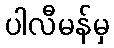
ပါလီမန်မှ